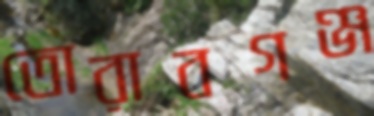
তোরাবগঞ্জ